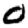
Digit: 0